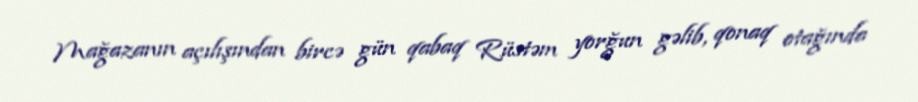
Mağazanın açılışından bircə gün qabaq Rüstəm yorğun gəlib, qonaq otağında